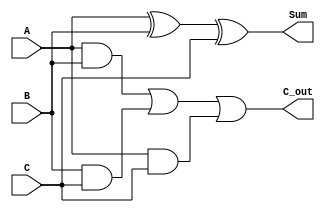
`timescale 1ns / 1ps
//////////////////////////////////////////////////////////////////////////////////
// Company: 
// Engineer: 
// 
// Design Name: 
// Module Name: Full_Adder
// Project Name: 
// Target Devices: 
// Tool Versions: 
// Description: 
// 
// Dependencies: 
// 
// Revision:
// Revision 0.01 - File Created
// Additional Comments:
// 
//////////////////////////////////////////////////////////////////////////////////


module Full_Adder(
    input A,
    input B,
    input C,
    output Sum,
    output C_out
    );
     assign Sum = A^B^C;
     assign C_out=(A&B)|(B&C)|(A&C);
endmodule